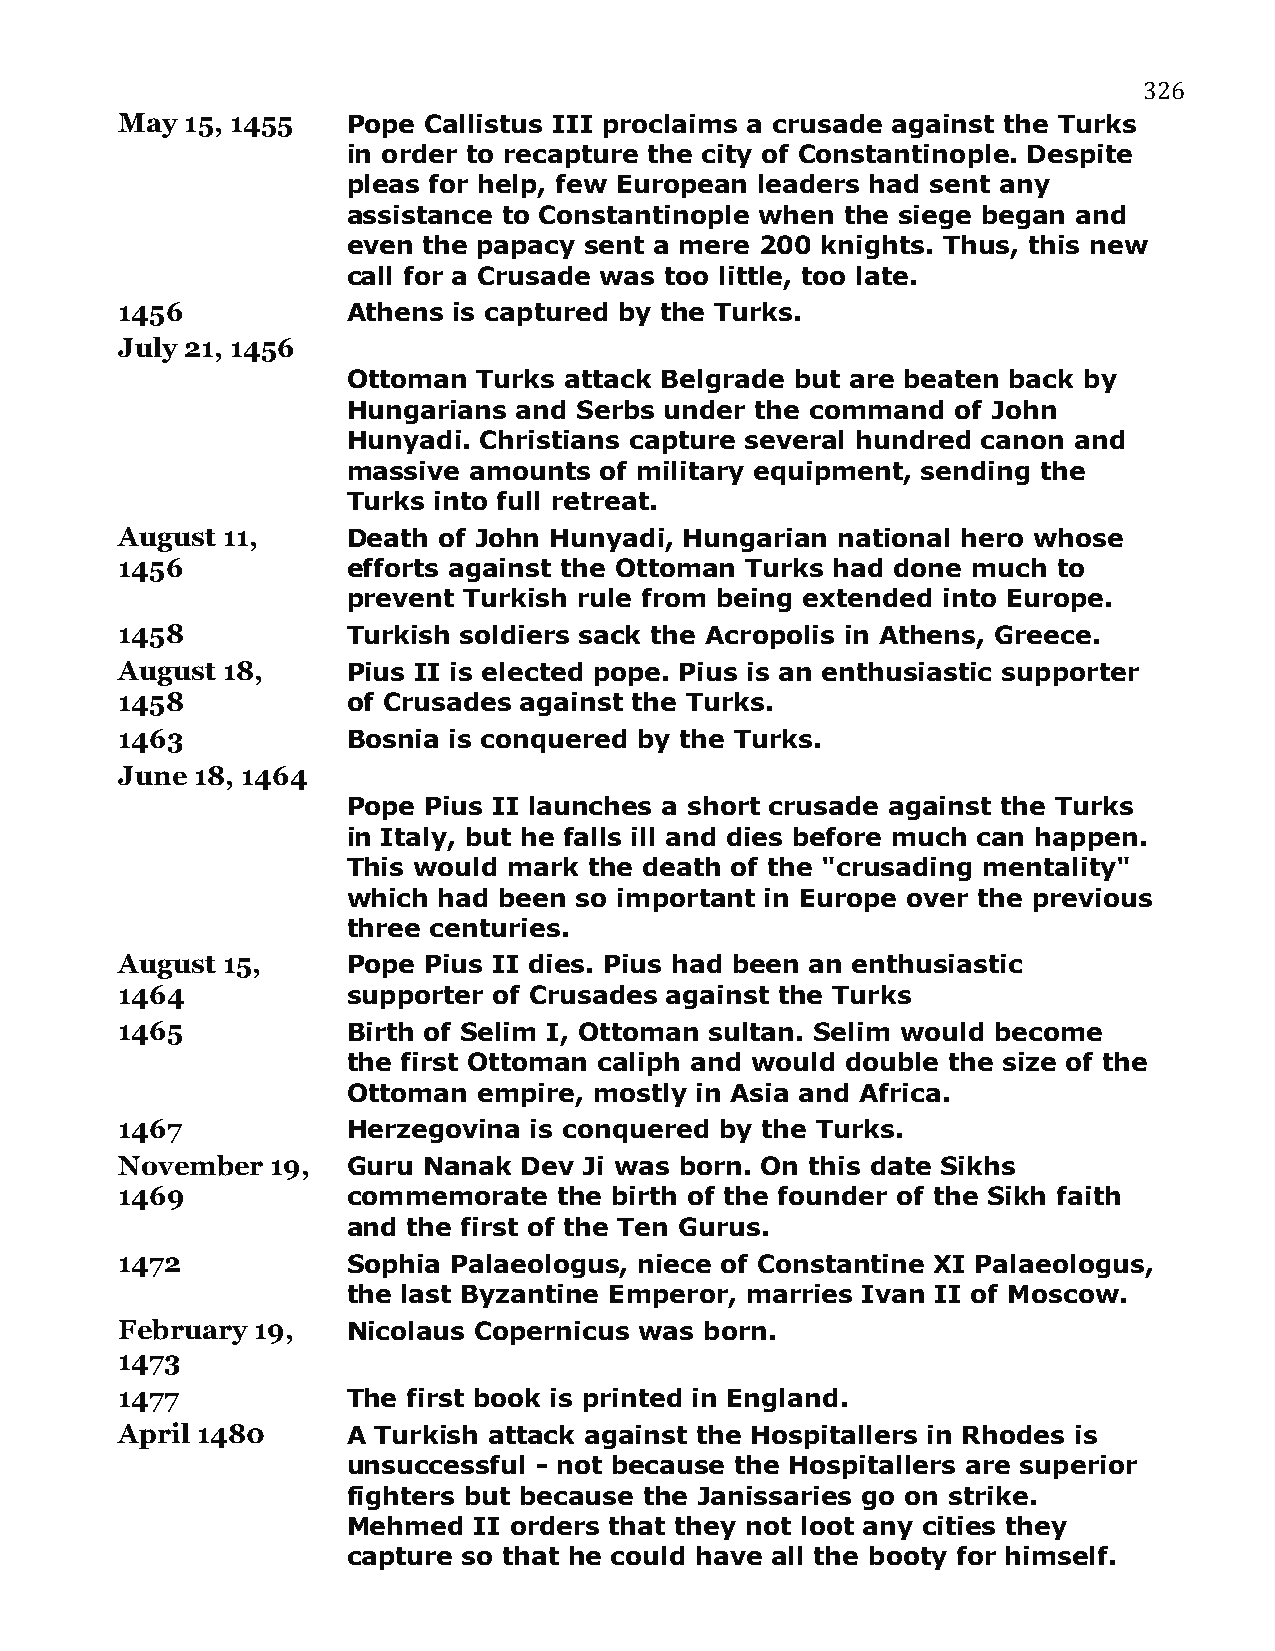
326
 May 15, 1455   Pope Callistus III proclaims a crusade against the Turks
 in order to recapture the city of Constantinople. Despite
 pleas for help, few European leaders had sent any
 assistance to Constantinople when the siege began and
 even the papacy sent a mere 200 knights. Thus, this new
 call for a Crusade was too little, too late.
 1456           Athens is captured by the Turks.
 July 21, 1456
 Ottoman  Turks attack Belgrade but are beaten back by
 Hungarians and Serbs under the command  of John
 Hunyadi. Christians capture several hundred canon and
 massive amounts  of military equipment, sending the
 Turks into full retreat.
 August 11,     Death of John Hunyadi, Hungarian national hero whose
 1456           efforts against the Ottoman Turks had done much to
 prevent Turkish rule from being extended into Europe.
 1458           Turkish soldiers sack the Acropolis in Athens, Greece.
 August 18,     Pius II is elected pope. Pius is an enthusiastic supporter
 1458           of Crusades against the Turks.
 1463           Bosnia is conquered by the Turks.
 June 18, 1464
 Pope Pius II launches a short crusade against the Turks
 in Italy, but he falls ill and dies before much can happen.
 This would mark the death of the "crusading mentality"
 which had been so important in Europe over the previous
 three centuries.
 August 15,     Pope Pius II dies. Pius had been an enthusiastic
 1464           supporter of Crusades against the Turks
 1465           Birth of Selim I, Ottoman sultan. Selim would become
 the first Ottoman caliph and would double the size of the
 Ottoman  empire, mostly in Asia and Africa.
 1467           Herzegovina is conquered by the Turks.
 November  19,  Guru Nanak Dev  Ji was born. On this date Sikhs
 1469           commemorate   the birth of the founder of the Sikh faith
 and the first of the Ten Gurus.
 1472           Sophia Palaeologus, niece of Constantine XI Palaeologus,
 the last Byzantine Emperor, marries Ivan II of Moscow.
 February 19,   Nicolaus Copernicus was born.
 1473
 1477           The first book is printed in England.
 April 1480     A Turkish attack against the Hospitallers in Rhodes is
 unsuccessful - not because the Hospitallers are superior
 fighters but because the Janissaries go on strike.
 Mehmed  II orders that they not loot any cities they
 capture so that he could have all the booty for himself.